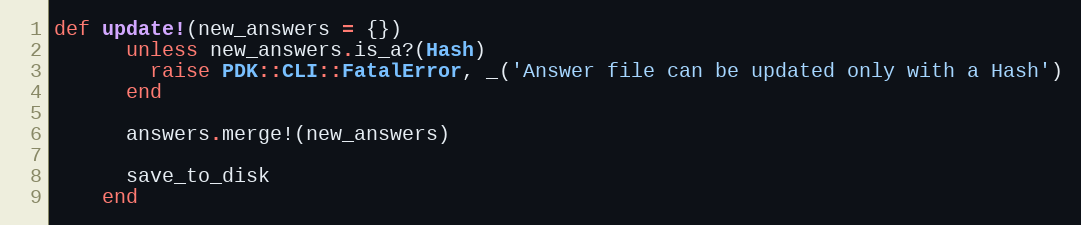
Language: Ruby
def update!(new_answers = {})
      unless new_answers.is_a?(Hash)
        raise PDK::CLI::FatalError, _('Answer file can be updated only with a Hash')
      end

      answers.merge!(new_answers)

      save_to_disk
    end